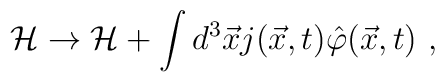
{\cal H} \rightarrow {\cal H} + \int d^3 {\vec x}j({\vec x},t) {\hat \varphi} {(\vec x},t) \ ,